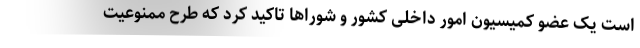
است یک عضو کمیسیون امور داخلی کشور و شوراها تاکید کرد که طرح ممنوعیت